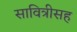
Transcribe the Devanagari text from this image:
सावित्रीसह